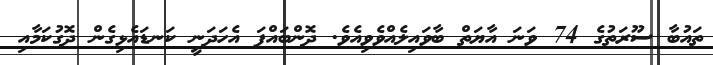
ތައުބާ ސޫރަތުގެ 74 ވަނަ އާޔަތް ބާވައިލެއްވެވިއެވެ. ދޮންބައްޕަ އެހަދަނީ ކަނޑައެޅިގެން ދޮގުކަމާއި